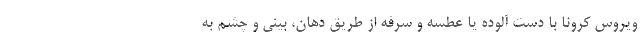
ویروس کرونا با دست آلوده یا عطسه و سرفه از طریق دهان، بینی و چشم به